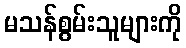
မသန်စွမ်းသူများကို